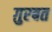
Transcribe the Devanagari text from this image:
ग़ुरबत